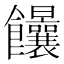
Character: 𩟻